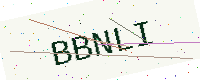
Text: BBNLI